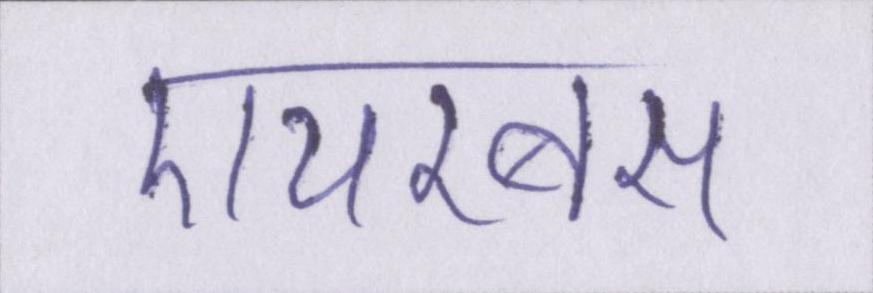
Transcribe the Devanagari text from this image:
एयरबस